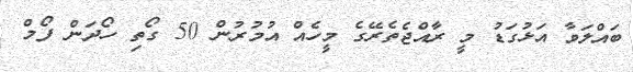
ބައްލަވާ އަޅުގަޑު މީ ރާއްޖެތެރޭގެ މީހެއް އުމުރުން 50 ގޯތި ހޯދަން ފޯމް